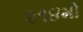
૨૧૪મો